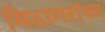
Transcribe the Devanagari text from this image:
मिठागरांवर